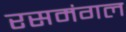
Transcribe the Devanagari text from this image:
रसमंगल